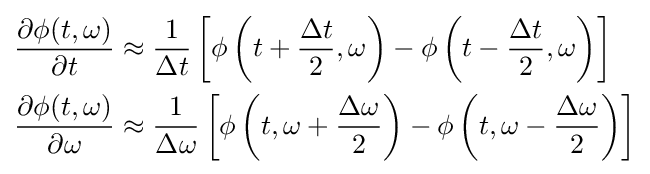
{\begin{aligned}{\frac {\partial \phi (t,\omega )}{\partial t}}&\approx {\frac {1}{\Delta t}}\left[\phi \left(t+{\frac {\Delta t}{2}},\omega \right)-\phi \left(t-{\frac {\Delta t}{2}},\omega \right)\right]\\{\frac {\partial \phi (t,\omega )}{\partial \omega }}&\approx {\frac {1}{\Delta \omega }}\left[\phi \left(t,\omega +{\frac {\Delta \omega }{2}}\right)-\phi \left(t,\omega -{\frac {\Delta \omega }{2}}\right)\right]\end{aligned}}